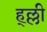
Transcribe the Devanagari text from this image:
ह्ल्ली